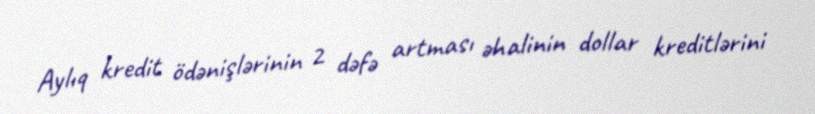
Aylıq kredit ödənişlərinin 2 dəfə artması əhalinin dollar kreditlərini